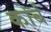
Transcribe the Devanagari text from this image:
कोर्ब